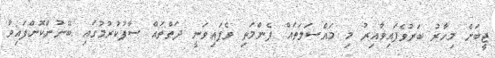
ޖީބަށް މިހާރު ބަރުވެފައިވާއިރު މި މައްސަލަތައް ފެންމަތި ވެފައިވަނީ ދަތްތައް ސާފުކުރުމުގައި ބޭނުންކޮށްފައިވާ